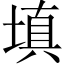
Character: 填